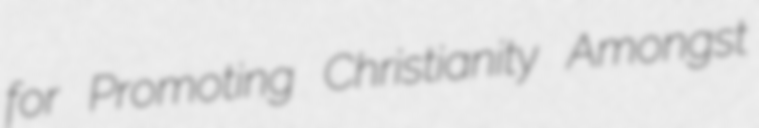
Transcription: for Promoting Christianity Amongst